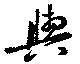
與